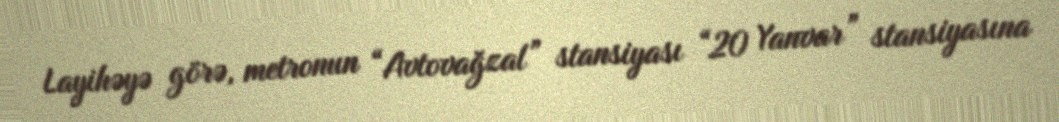
Layihəyə görə, metronun “Avtovağzal” stansiyası “20 Yanvar” stansiyasına